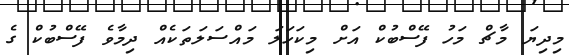
މިދިޔަ މާޗް މަހު ފޭސްބުކް އަށް މިކަހަލަ މައްސަލަތަކެއް ދިމާވެ ފޭސްބުކް ގެ